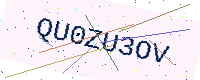
Text: QU0ZU3OV